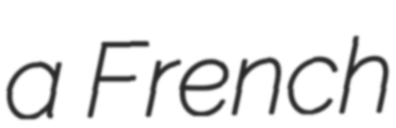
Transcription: a French